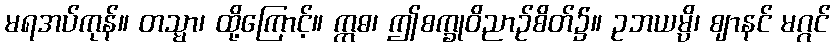
မရအပ်ကုန်။ တသ္မာ၊ ထို့ကြောင့်။ ဣဓ၊ ဤစက္ခုဝိညာဉ်စိတ်၌။ ဥဘယမ္ပိ၊ ဈာနင် မဂ္ဂင်